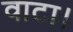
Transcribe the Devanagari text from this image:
वाटा।